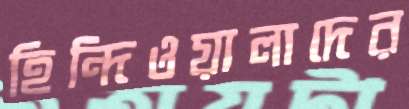
হিন্দিওয়ালাদের